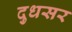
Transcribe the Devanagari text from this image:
दुधसर